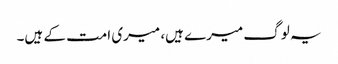
یہ لوگ میرے ہیں، میری امت کے ہیں۔